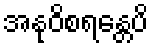
အနုဝိစရန္တေပိ